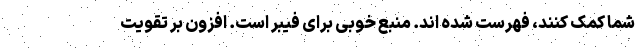
شما کمک کنند، فهرست شده اند. منبع خوبی برای فیبر است. افزون بر تقویت